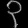
Digit: ၃